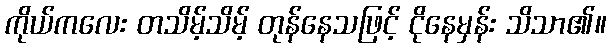
ကိုယ်ကလေး တသိမ့်သိမ့် တုန်နေသဖြင့် ငိုနေမှန်း သိသာ၏။